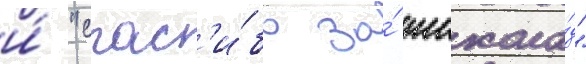
и́ "спас'и́бо за́ шокола́д"